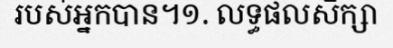
របស់អ្នកបាន។១. លទ្ធផលសិក្សា